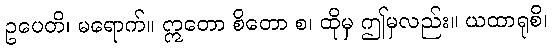
ဥပေတိ၊ မရောက်။ ဣတော စိတော စ၊ ထိုမှ ဤမှလည်း။ ယထာရုစိ၊